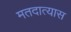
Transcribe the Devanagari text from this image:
मतदात्यास